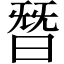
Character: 朁